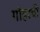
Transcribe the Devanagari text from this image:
गोहरची